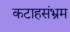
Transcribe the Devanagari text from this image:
कटाहसंभ्रम